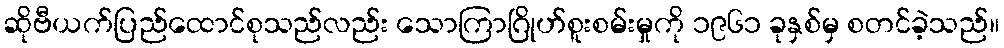
ဆိုဗီယက်ပြည်ထောင်စုသည်လည်း သောကြာဂြိုဟ်စူးစမ်းမှုကို ၁၉၆၁ ခုနှစ်မှ စတင်ခဲ့သည်။